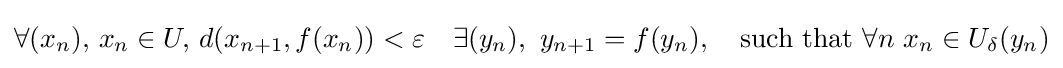
\forall (x_{n}),\,x_{n}\in U,\,d(x_{n+1},f(x_{n}))<\varepsilon \quad \exists (y_{n}),\,\,y_{n+1}=f(y_{n}),\quad {\text{such that}}\,\,\forall n\,\,x_{n}\in U_{\delta }(y_{n})